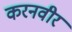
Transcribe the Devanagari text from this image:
करनवीर